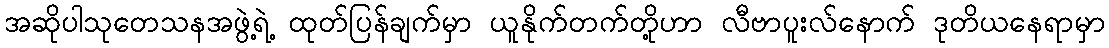
အဆိုပါသုတေသနအဖွဲ့ရဲ့ ထုတ်ပြန်ချက်မှာ ယူနိုက်တက်တို့ဟာ လီဗာပူးလ်နောက် ဒုတိယနေရာမှာ